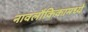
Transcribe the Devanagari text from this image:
नावलौकिकामध्ये